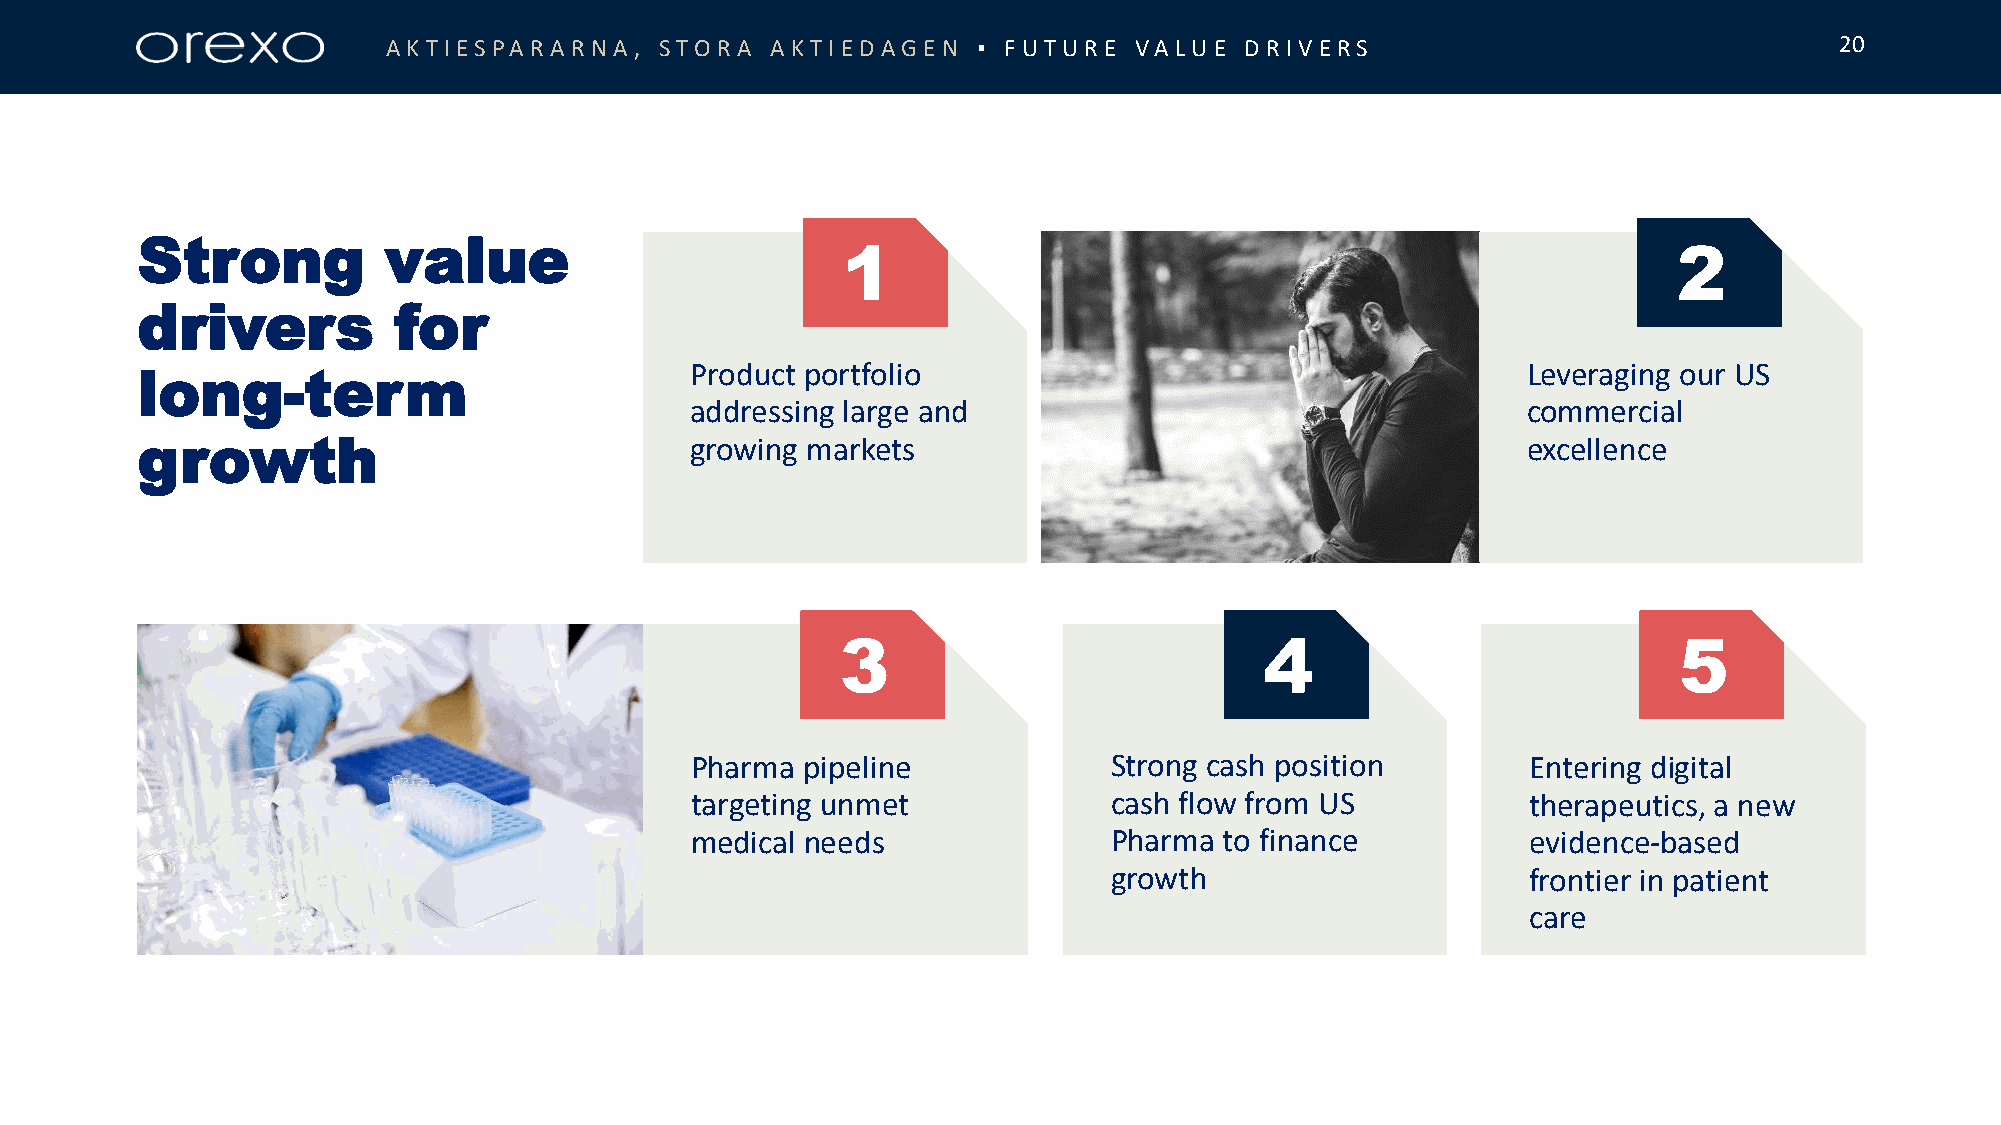
AKT IESPARARN  A , STORA AKT IE DAGE N ▪ FUT URE VALUE  D RIV E RS                              20
 Strong          value
 1                                                      2
 drivers          for
 long-term                            Product portfolio                                      Leveraging our US
 addressing large and                                   commercial
 growth                               growing markets                                        excellence
 3                           4                          5
 Pharma pipeline            Strong cash position        Entering digital
 targeting unmet            cash flow from US           therapeutics, a new
 medical needs              Pharma  to finance          evidence-based
 growth                      frontier in patient
 care